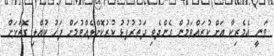
ވަނީ އެމެރިކާ އަށް ކުރައްވަމުން ގެންދެވި ދަތުރުފުޅު ކުރުކޮށްލެއްވުމަށް ފަހު ކުއްލި ގޮތަކަށް